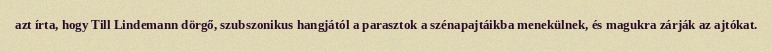
azt írta, hogy Till Lindemann dörgő, szubszonikus hangjától a parasztok a szénapajtáikba menekülnek, és magukra zárják az ajtókat.